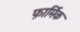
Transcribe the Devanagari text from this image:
फ़ार्मिक